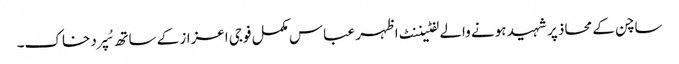
ساچن کے محاذ پر شہید ہونے والے لفٹیننٹ اظہر عباس مکمل فوجی اعزاز کے ساتھ سُپرد خاک۔